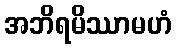
အဘိရမိဿာမဟံ